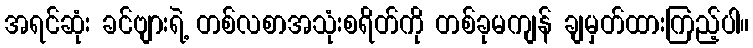
အရင်ဆုံး ခင်ဗျားရဲ့ တစ်လစာအသုံးစရိတ်ကို တစ်ခုမကျန် ချမှတ်ထားကြည့်ပါ။